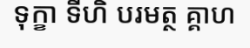
ទុក្ខា ទីហិ បរមត្ថ គ្គាហ